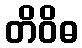
တိဝိဓ